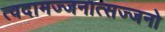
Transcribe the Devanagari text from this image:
त्वदामज्जनात्सज्जनो